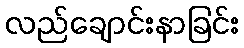
လည်ချောင်းနာခြင်း